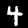
Digit: 4